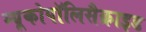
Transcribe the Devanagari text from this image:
म्यूकोपॉलिसैक्राइड